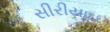
સીરીયાઇ